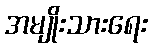
အမျိုးသားရေး